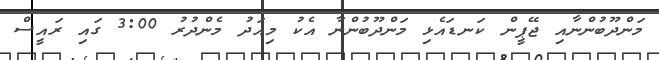
މަންދޫބުންނާއި ޖޭޕީން ކަނޑައެޅި މަންދޫބުންނާ އެކު މިއަދު މެންދުރު 3:00 ގައި ރައީސް